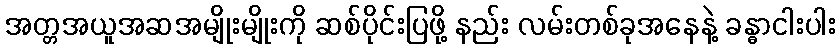
အတ္တအယူအဆအမျိုးမျိုးကို ဆစ်ပိုင်းပြဖို့ နည်း လမ်းတစ်ခုအနေနဲ့ ခန္ဓာငါးပါး